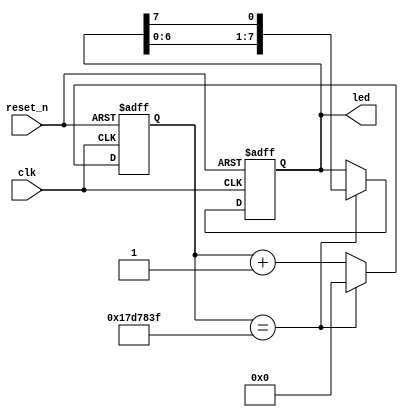


// fpga
// 
// Verilog

// 

module LED_run_2
(
    clk,
    reset_n,
    led);

    input clk;
    input reset_n;
    output reg [7:0] led;

    reg [24:0] counter;

    parameter MCNT = 25_000_000; 

    always @(posedge clk or negedge reset_n) begin 
        if(!reset_n)//
            counter<=0; //
        else if(counter==MCNT-1)
            counter<=0;
        else
            counter<=counter+1'b1;
    end
    always @(posedge clk or negedge reset_n) begin  
        if(!reset_n)
            led<=8'b0000_0001;
        else if(counter==MCNT-1)begin
                led<={led[6:0],led[7]};
            end 
            else
                led<=led;
                           
            
    end
endmodule


// module LED_run_2(
//     Clk,
//     Reset_n,
//     Led
//  );
//     input Clk;
//     input Reset_n;
//     output reg[7:0]Led;
    
//     reg [24:0]counter;
    
//     always@(posedge Clk or negedge Reset_n)
//     if(!Reset_n)
//         counter <= 0;
// //    else if(counter == 25'd24999999)
//     else if(counter == 25'd24999)
//         counter <= 0;
//     else    
//         counter <= counter + 1'b1;
    
//     always@(posedge Clk or negedge Reset_n)
//     if(!Reset_n)        
//         Led <= 8'b0000_0001;
// //    else if(counter == 25'd24999999)begin
//     else if(counter == 25'd24999)begin           
//         Led <= {Led[6:0],Led[7]};
//     end
//     else
//         Led <= Led;

// endmodule